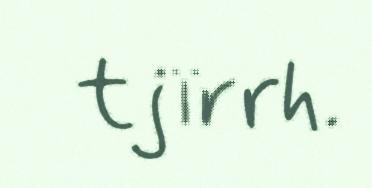
tjïrrh.